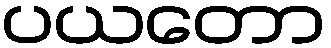
ပယတော